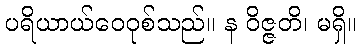
ပရိယာယ်ဝေဝုစ်သည်။ န ဝိဇ္ဇတိ၊ မရှိ။